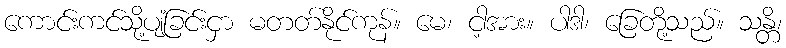
ကောင်းကင်သို့ပျံခြင်းငှာ မတတ်နိုင်ကုန်။ မေ၊ ငါ့အား။ ပါဒါ၊ ခြေတို့သည်။ သန္တိ၊